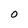
Character: O